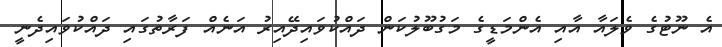
އެ ނޫޓުގެ ވެލައާ އާއި އެންމަޑީގެ މަގުބޫލުކަން ދައްކުވައިދޭއިރު އަނެއް ފަރާތުގައި ދައްކުވައިދެނީ